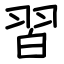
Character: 習